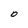
Character: O